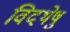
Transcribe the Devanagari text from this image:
विदथेषु